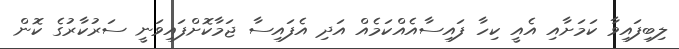
ލިބިފައިވާ ކަމަށާއި އެއީ ކިހާ ފައިސާއެއްކަމެއް އަދި އެފައިސާ ޖަމާކޮށްފައިވަނީ ސަރުކާރުގެ ކޮން